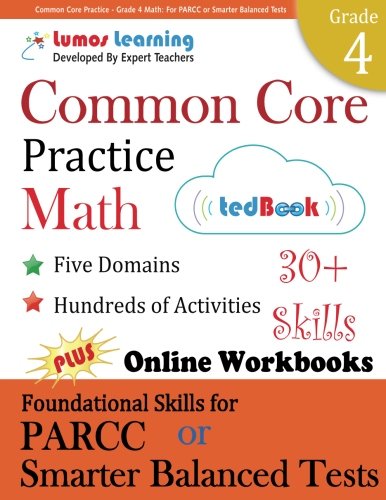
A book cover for Common Core Practice - Grade 4 Math: Workbooks to Prepare for the PARCC or Smarter Balanced Test: CCSS Aligned (CCSS Standards Practice) (Volume 4); Lumos Learning; Education & Teaching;